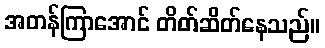
အတန်ကြာအောင် တိတ်ဆိတ်နေသည်။